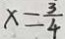
x = \frac { 3 } { 4 }